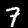
Digit: 7